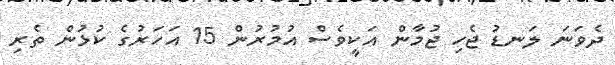
ދެވަނަ ލަނޑު ޖެހި ޖުމާން އަކީވެސް އުމުރުން 15 އަހަރުގެ ކުޅުން ތެރި